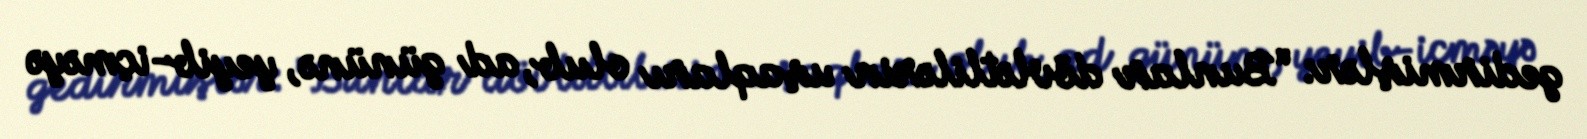
gedirmişlər: “Bunlar dövlətlilərin uşaqları olub, ad gününə, yeyib-içməyə